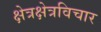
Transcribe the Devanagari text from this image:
क्षेत्रक्षेत्रविचार